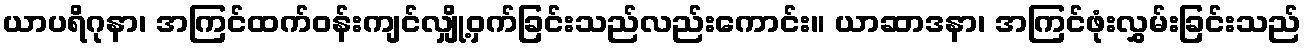
ယာပရိဂုနာ၊ အကြင်ထက်ဝန်းကျင်လျှို့ဝှက်ခြင်းသည်လည်းကောင်း။ ယာဆာဒနာ၊ အကြင်ဖုံးလွှမ်းခြင်းသည်